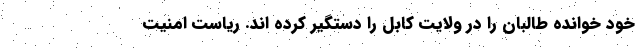
خود خوانده طالبان را در ولایت کابل را دستگیر کرده اند. ریاست امنیت